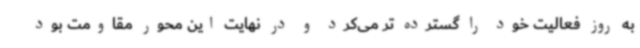
به روز فعالیت خود را گسترده تر می‌کرد و در نهایت این محور مقاومت بود